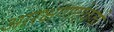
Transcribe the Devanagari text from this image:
आरक्षणाऐवजी